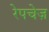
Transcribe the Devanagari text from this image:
रेपचेज़